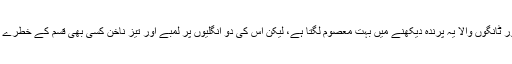
بڑی آنکھیں، چھوٹا سر، لمبی گردن اور ٹانگوں والا یہ پرندہ دیکھنے میں بہت معصوم لگتا ہے، لیکن اس کی دو انگلیوں پر لمبے اور تیز ناخن کسی بھی قسم کے خطرے سے نمٹنے کی صلاحیت رکھتے ہیں۔